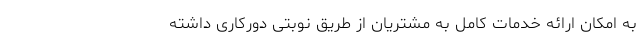
به امکان ارائه خدمات کامل به مشتریان از طریق نوبتی دورکاری داشته